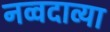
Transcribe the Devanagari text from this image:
नव्वदाव्या